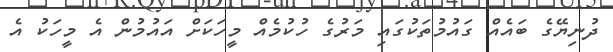
ދުނިޔޭގެ ބައެއް ގައުމުތަކުގައި މަރުގެ ހުކުމެއް މީހަކަށް އައުމުން އެ މީހަކު އެ